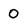
Character: 0